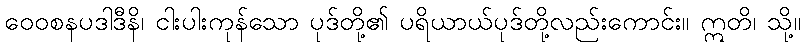
ဝေဝစနပဒါဒီနိ၊ ငါးပါးကုန်သော ပုဒ်တို့၏ ပရိယာယ်ပုဒ်တို့လည်းကောင်း။ ဣတိ၊ သို့။